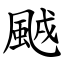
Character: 䬄